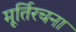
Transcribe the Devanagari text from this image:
मूर्तिरचना